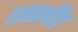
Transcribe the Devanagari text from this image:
एसपी१